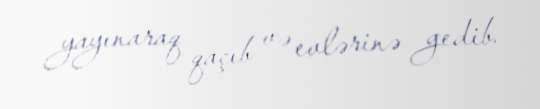
yayınaraq qaçıb və evlərinə gedib.